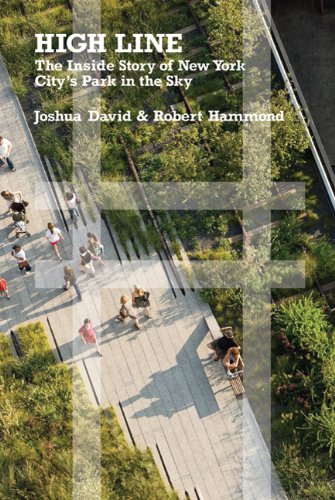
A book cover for High Line: The Inside Story of New York City's Park in the Sky; Joshua David; Arts & Photography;